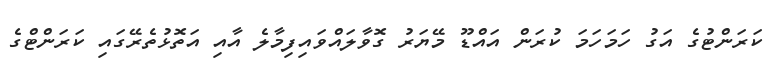
ކަރަންޓުގެ އަގު ހަމަހަމަ ކުރަން އައްޑޫ މޭޔަރު ގޮވާލައްވައިފިމާލެ އާއި އަތޮޅުތެރޭގައި ކަރަންޓްގެ